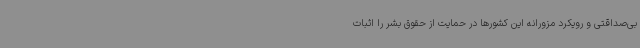
بی‌صداقتی و رویکرد مزورانه این کشورها در حمایت از حقوق بشر را اثبات